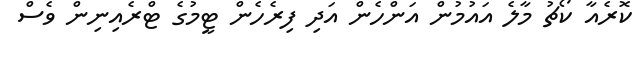
ކޮރެއާ ކޯޗު މާލެ އައުމުން އަންހެން އަދި ފިރެހެން ޓީމުގެ ޓްރެއިނިން ވެސް